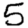
Digit: 5